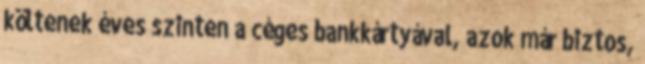
költenek éves szinten a céges bankkártyával, azok már biztos,